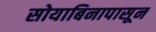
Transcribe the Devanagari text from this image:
सोयाबिनापासून